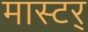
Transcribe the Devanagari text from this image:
मास्टर्